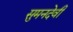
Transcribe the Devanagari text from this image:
सुमनदेवी